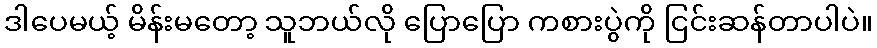
ဒါပေမယ့် မိန်းမတော့ သူဘယ်လို ပြောပြော ကစားပွဲကို ငြင်းဆန်တာပါပဲ။